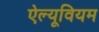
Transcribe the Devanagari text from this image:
ऐल्यूवियम